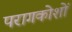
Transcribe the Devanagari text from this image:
परागकोशों